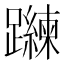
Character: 𲄐